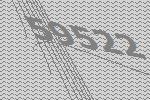
59522